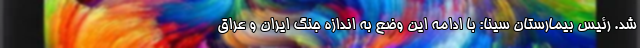
شد. رئیس بیمارستان سینا: با ادامه این وضع به اندازه جنگ ایران و عراق